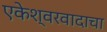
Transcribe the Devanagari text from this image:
एकेश्वरवादाचा